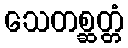
သေတစ္ဆတ္တံ